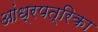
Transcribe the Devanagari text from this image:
आंध्रपत्रिका